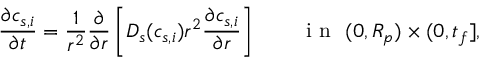
\frac { \partial c _ { s , i } } { \partial t } = \frac { 1 } { r ^ { 2 } } \frac { \partial } { \partial r } \left[ D _ { s } ( c _ { s , i } ) r ^ { 2 } \frac { \partial c _ { s , i } } { \partial r } \right] \qquad \textrm { i n } \ ( 0 , R _ { p } ) \times ( 0 , t _ { f } ] ,